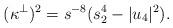
LaTeX: \begin{align*}(\kappa^\perp)^2= s^{-8}(s_2^4-|u_4|^2).\end{align*}